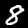
Label: 8